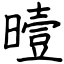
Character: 曀